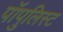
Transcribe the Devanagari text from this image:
पॉपुलिस्ट